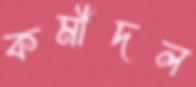
কর্মীদল